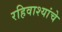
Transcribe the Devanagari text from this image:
रहिवाश्यांचे